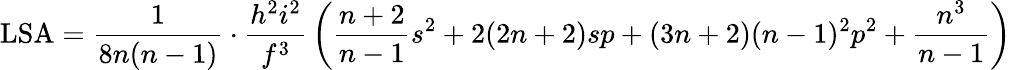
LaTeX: \mathrm{LSA}={\frac{1}{8n(n-1)}}\cdot{\frac{h^{2}i^{2}}{f^{3}}}\left({\frac{n+2}{n-1}}s^{2}+2(2n+2)sp+(3n+2)(n-1)^{2}p^{2}+{\frac{n^{3}}{n-1}}\right)